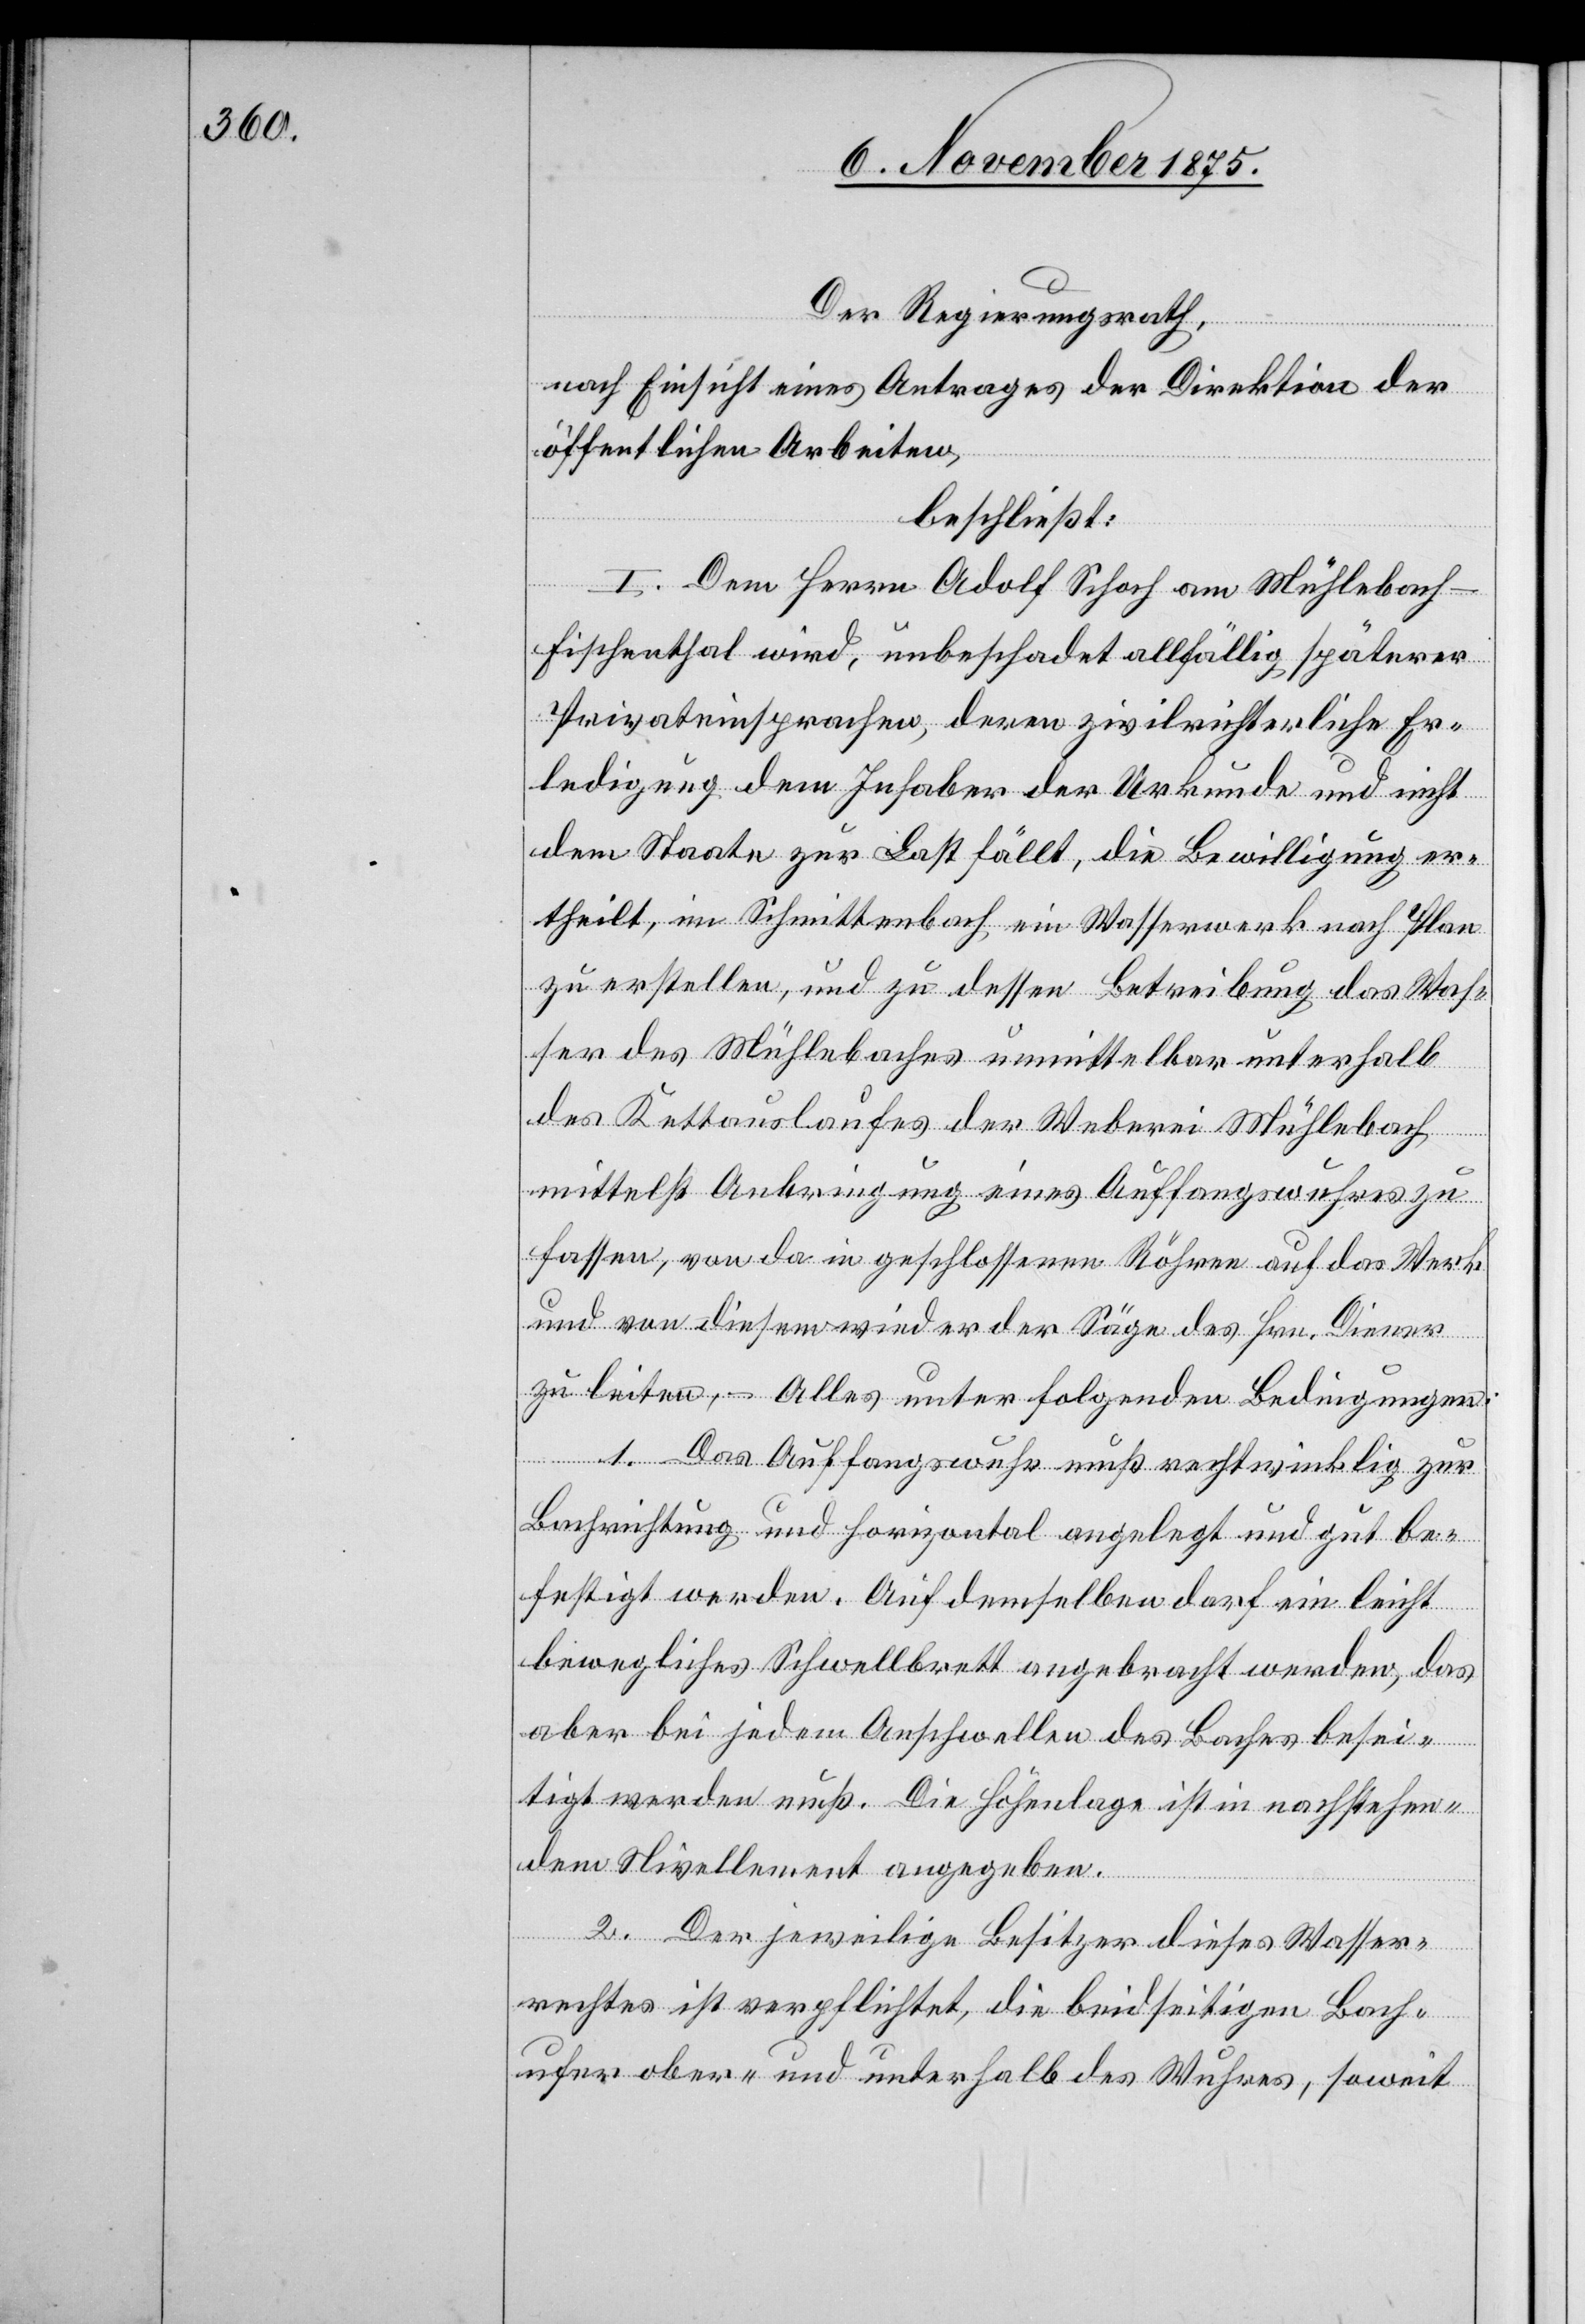
Der Regierungsrath,
nach Einsicht eines Antrages der Direktion der
öffentlichen Arbeiten,
beschließt:
I. Dem Herrn Adolf Schoch am Mühlebach -
Fischenthal wird, unbeschadet allfällig späterer
Privateinsprachen, deren zivilrichterliche Er¬
ledigung dem Inhaber der Urkunde und nicht
dem Staate zur Last fällt, die Bewilligung er¬
theilt, im Schmittenbach, ein Wasserwerk nach Plan
zu erstellen, und zu dessen Betreibung das Was¬
ser des Mühlebaches unmittelbar unterhalb
des Kettauslaufes der Weberei Mühlebach
mittelst Anbringung eines Auffangswuhres zu
fassen, von da in geschlossenen Röhren auf das Werk
und von diesem wieder der Säge des Hrn. Diener
zu leiten, – Alles unter folgenden Bedingungen:
1. Das Auffangswuhr muß rechtwinklig zur
Bachrichtung und horizontal angelegt und gut be¬
festigt werden. Auf demselben darf ein leicht
bewegliches Schwellbrett angebracht werden, das
aber bei jedem Anschwellen des Baches besei¬
tigt werden muß. Die Höhenlage ist in nachstehen¬
dem Nivellement angegeben.
2. Der jeweilige Besitzer dieses Wasser¬
rechtes ist verpflichtet, die beidseitigen Bach¬
ufer ober- und unterhalb des Wuhres, soweit